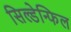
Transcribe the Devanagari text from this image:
सिल्डेन्फिल